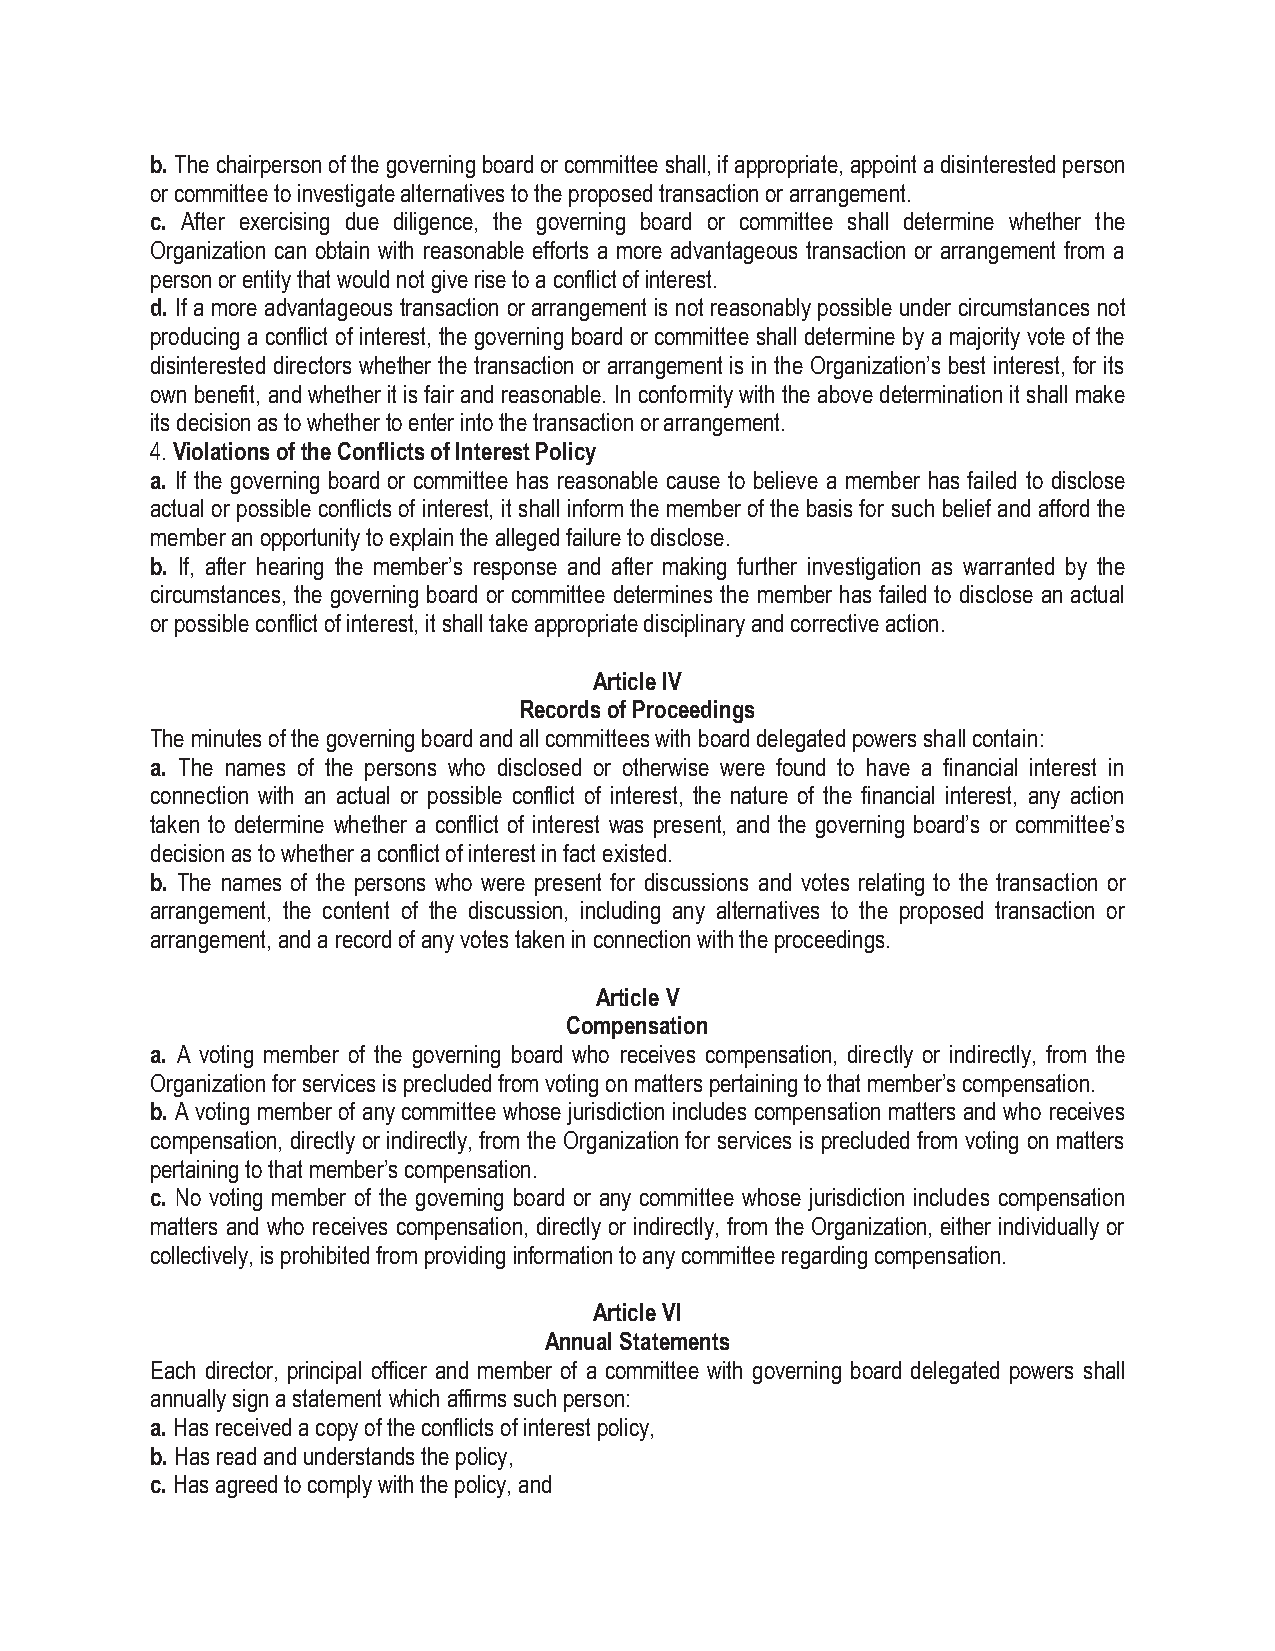
b. The chairperson of the governing board or committee shall, if appropriate, appoint a disinterested person
 or committee to investigate alternatives to the proposed transaction or arrangement.
 c. After exercising due diligence, the governing board or committee shall determine whether the
 Organization can obtain with reasonable efforts a more advantageous transaction or arrangement from a
 person or entity that would not give rise to a conflict of interest.
 d. If a more advantageous transaction or arrangement is not reasonably possible under circumstances not
 producing a conflict of interest, the governing board or committee shall determine by a majority vote of the
 disinterested directors whether the transaction or arrangement is in the Organization’s best interest, for its
 own benefit, and whether it is fair and reasonable. In conformity with the above determination it shall make
 its decision as to whether to enter into the transaction or arrangement.
 4. Violations of the Conflicts of Interest Policy
 a. If the governing board or committee has reasonable cause to believe a member has failed to disclose
 actual or possible conflicts of interest, it shall inform the member of the basis for such belief and afford the
 member an opportunity to explain the alleged failure to disclose.
 b. If, after hearing the member’s response and after making further investigation as warranted by the
 circumstances, the governing board or committee determines the member has failed to disclose an actual
 or possible conflict of interest, it shall take appropriate disciplinary and corrective action.
 Article IV
 Records of Proceedings
 The minutes of the governing board and all committees with board delegated powers shall contain:
 a. The names of the persons who disclosed or otherwise were found to have a financial interest in
 connection with an actual or possible conflict of interest, the nature of the financial interest, any action
 taken to determine whether a conflict of interest was present, and the governing board’s or committee’s
 decision as to whether a conflict of interest in fact existed.
 b. The names of the persons who were present for discussions and votes relating to the transaction or
 arrangement, the content of the discussion, including any alternatives to the proposed transaction or
 arrangement, and a record of any votes taken in connection with the proceedings.
 Article V
 Compensation
 a. A voting member of the governing board who receives compensation, directly or indirectly, from the
 Organization for services is precluded from voting on matters pertaining to that member’s compensation.
 b. A voting member of any committee whose jurisdiction includes compensation matters and who receives
 compensation, directly or indirectly, from the Organization for services is precluded from voting on matters
 pertaining to that member’s compensation.
 c. No voting member of the governing board or any committee whose jurisdiction includes compensation
 matters and who receives compensation, directly or indirectly, from the Organization, either individually or
 collectively, is prohibited from providing information to any committee regarding compensation.
 Article VI
 Annual Statements
 Each director, principal officer and member of a committee with governing board delegated powers shall
 annually sign a statement which affirms such person:
 a. Has received a copy of the conflicts of interest policy,
 b. Has read and understands the policy,
 c. Has agreed to comply with the policy, and